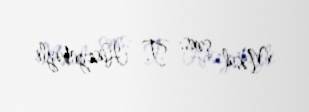
Məsul şəxs: T. Hüseynbəyli